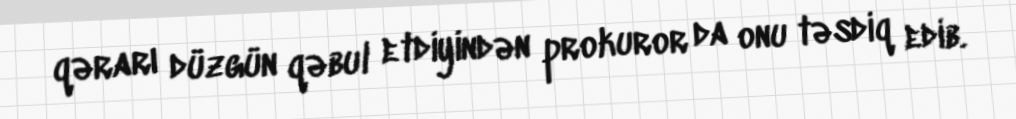
qərarı düzgün qəbul etdiyindən prokuror da onu təsdiq edib.